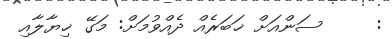
:     ސަންއަށް ޚަބަރެއް ދެއްވުމަށް: މަގޭ ޚިޔާލާއި